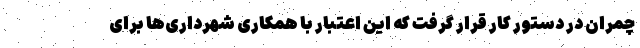
چمران در دستور کار قرار گرفت که این اعتبار با همکاری شهرداری‌ها برای